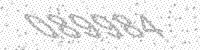
Solution: 089984